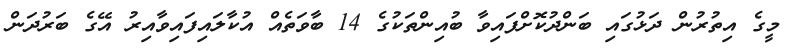
މީގެ އިތުރުން ދަޅުގައި ބަންދުކޮށްފައިވާ ބުއިންތަކުގެ 14 ބާވަތެއް އުކާލައިފައިވާއިރު އޭގެ ބަރުދަން